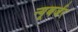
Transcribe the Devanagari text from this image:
न्यूबर्जर